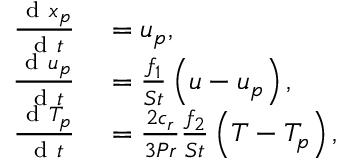
\begin{array} { r l } { \frac { \mathrm { ~ d ~ } \boldsymbol { x } _ { p } } { \mathrm { ~ d ~ } t } } & { { } = \boldsymbol { u } _ { p } , } \\ { \frac { \mathrm { ~ d ~ } \boldsymbol { u } _ { p } } { \mathrm { ~ d ~ } t } } & { { } = \frac { f _ { 1 } } { S t } \left( \boldsymbol { u } - \boldsymbol { u } _ { p } \right) , } \\ { \frac { \mathrm { ~ d ~ } T _ { p } } { \mathrm { ~ d ~ } t } } & { { } = \frac { 2 c _ { r } } { 3 P r } \frac { f _ { 2 } } { S t } \left( T - T _ { p } \right) , } \end{array}